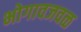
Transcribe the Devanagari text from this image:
भोगावजवळ